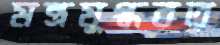
মন্ত্রমুগ্ধবত্